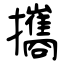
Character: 攜